Scottish Certificate of Education, 1962
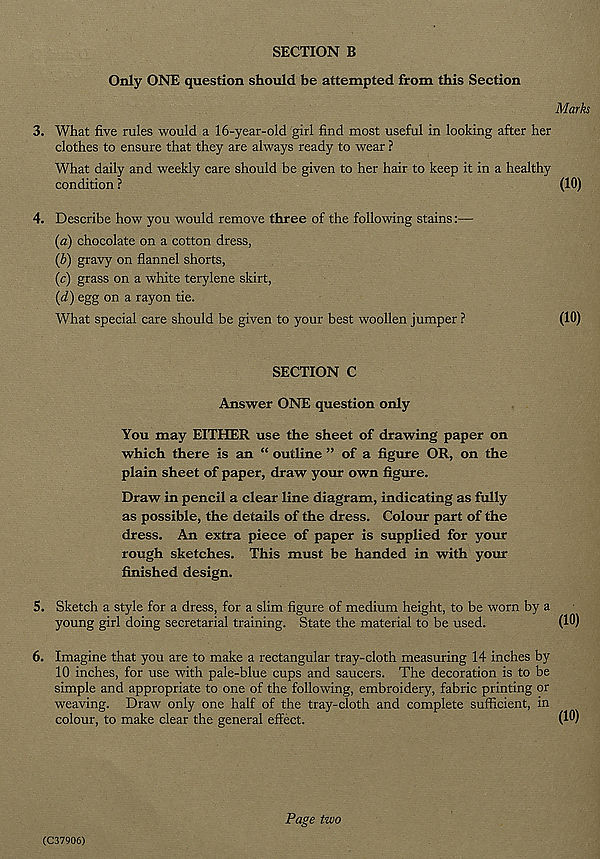
SECTION B
Only ONE question should be attempted from this Section
3. What five rules would a 16-year-old girl find most useful in looking after her
clothes to ensure that they are always ready to wear ?
What daily and weekly care should be given to her hair to keep it in a healthy
condition ?
4. Describe how you would remove three of the following stains:—
(a) chocolate on a cotton dress,
(b) gravy on flannel shorts,
(c) grass on a white terylene skirt,
(d) egg on a rayon tie.
What special care should be given to your best woollen jumper ?
SECTION C
Answer ONE question only
You may EITHER use the sheet of drawing paper on
which there is an “ outline ” of a figure OR, on the
plain sheet of paper, draw your own figure.
Draw in pencil a clear line diagram, indicating as fully
as possible, the details of the dress. Colour part of the
dress. An extra piece of paper is supplied for your
rough sketches. This must be handed in with your
finished design.
5. Sketch a style for a dress, for a slim figure of medium height, to be worn by a
young girl doing secretarial training. State the material to be used.
6. Imagine that you are to make a rectangular tray-cloth measuring 14 inches by
10 inches, for use with pale-blue cups and saucers. The decoration is to be
simple and appropriate to one of the following, embroidery, fabric printing or
weaving. Draw only one half of the tray-cloth and complete sufficient, in
colour, to make clear the general effect.
(C37906)
Page two
Marks
(10)
(10)
(10)
(10)